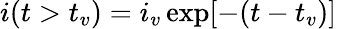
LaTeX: \begin{array}{r}{i(t>t_{v})=i_{v}\exp[-(t-t_{v})]}\end{array}